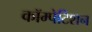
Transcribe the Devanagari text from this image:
कॉम्पेटिशन